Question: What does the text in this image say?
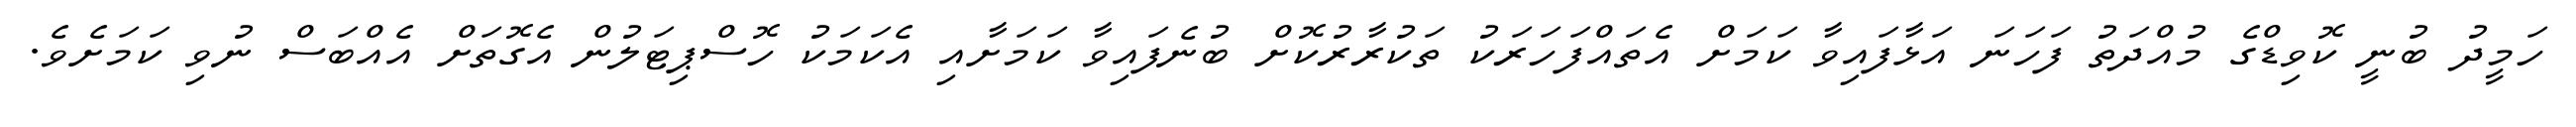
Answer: ހަމީދު ބުނީ ކޮވިޑްގެ މުއްދަތު ފަހަނަ އަޅާފައިވާ ކަމަށް އެތައްފަހަރަކު ތަކުރާރުކޮށް ބުނެފައިވާ ކަމަށާއި އެކަމަކު ހޮސްޕިޓަލުން އެގޮތަށް އެއްބަސް ނުވި ކަމަށެވެ.